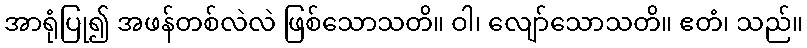
အာရုံပြု၍ အဖန်တစ်လဲလဲ ဖြစ်သောသတိ။ ဝါ၊ လျော်သောသတိ။ ဧတံ၊ သည်။